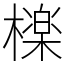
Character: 檪